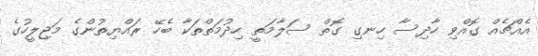
އެއްޗެއް ގޮއްވި ހާދިސާ ހިނގި ގޮތް ސަލާމަތީ ހިދުމަތްތަކާ ބެހޭ ރައްޔިތުންގެ މަޖިލީހުގެ